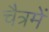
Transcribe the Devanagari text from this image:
चैत्रमें